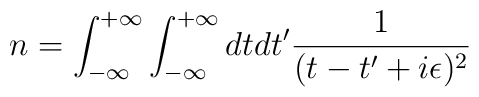
n=\int_{-\infty}^{+\infty} \int_{-\infty}^{+\infty} dt dt'{1\over(t-t' +i\epsilon)^2}